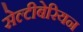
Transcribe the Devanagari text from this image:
सेल्टीबेरियन